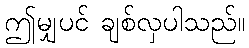
ဤမျှပင် ချစ်လှပါသည်။